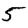
Digit: 5